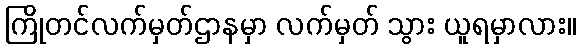
ကြိုတင်လက်မှတ်ဌာနမှာ လက်မှတ် သွား ယူရမှာလား။